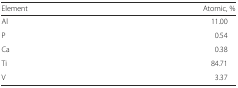
<table><thead><tr><td><b>Element</b></td><td><b>Atomic, %</b></td></tr></thead><tbody><tr><td>Al</td><td>11.00</td></tr><tr><td>P</td><td>0.54</td></tr><tr><td>Ca</td><td>0.38</td></tr><tr><td>Ti</td><td>84.71</td></tr><tr><td>V</td><td>3.37</td></tr></tbody></table>